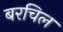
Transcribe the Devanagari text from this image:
बरचिल